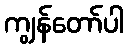
ကျွန်တော်ပါ